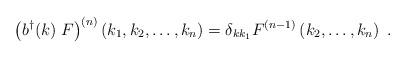
LaTeX: \begin{align*}\left( b^{\dagger}(k)\;F\right)^{(n)}\left(k_1,k_2, \ldots ,k_n \right)=\delta_{k k_1} F^{(n-1)}\left(k_2, \ldots ,k_n\right)\;.\end{align*}